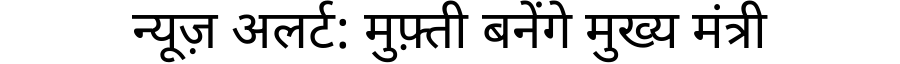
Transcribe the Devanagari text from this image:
न्यूज़ अलर्ट: मुफ़्ती बनेंगे मुख्य मंत्री